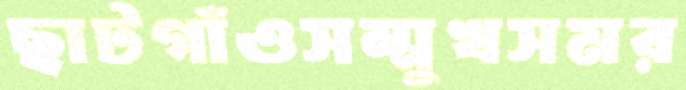
ছাটগাঁওসম্মুখসমর